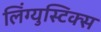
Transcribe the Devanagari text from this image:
लिंग्युस्टिक्स